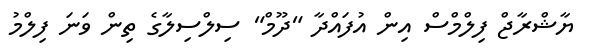
ޔާޝްރާޖް ފިލްމްސް އިން އުފައްދާ "ދޫމް" ސިލްސިލާގެ ތިން ވަނަ ފިލްމު